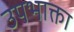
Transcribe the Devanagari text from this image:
उपभाक्ता